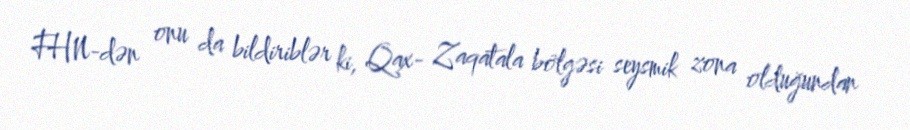
FHN-dən onu da bildiriblər ki, Qax- Zaqatala bölgəsi seysmik zona olduğundan